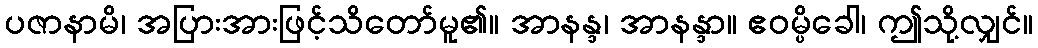
ပဇာနာမိ၊ အပြားအားဖြင့်သိတော်မူ၏။ အာနန္ဒ၊ အာနန္ဒာ။ ဧဝမ္ပိခေါ၊ ဤသို့လျှင်။